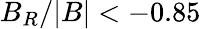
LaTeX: B_{R}/|B|<-0.85